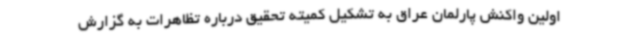
اولین واکنش پارلمان عراق به تشکیل کمیته‌ تحقیق درباره تظاهرات به گزارش